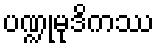
ပဏ္ဍုမုဒိကဿ